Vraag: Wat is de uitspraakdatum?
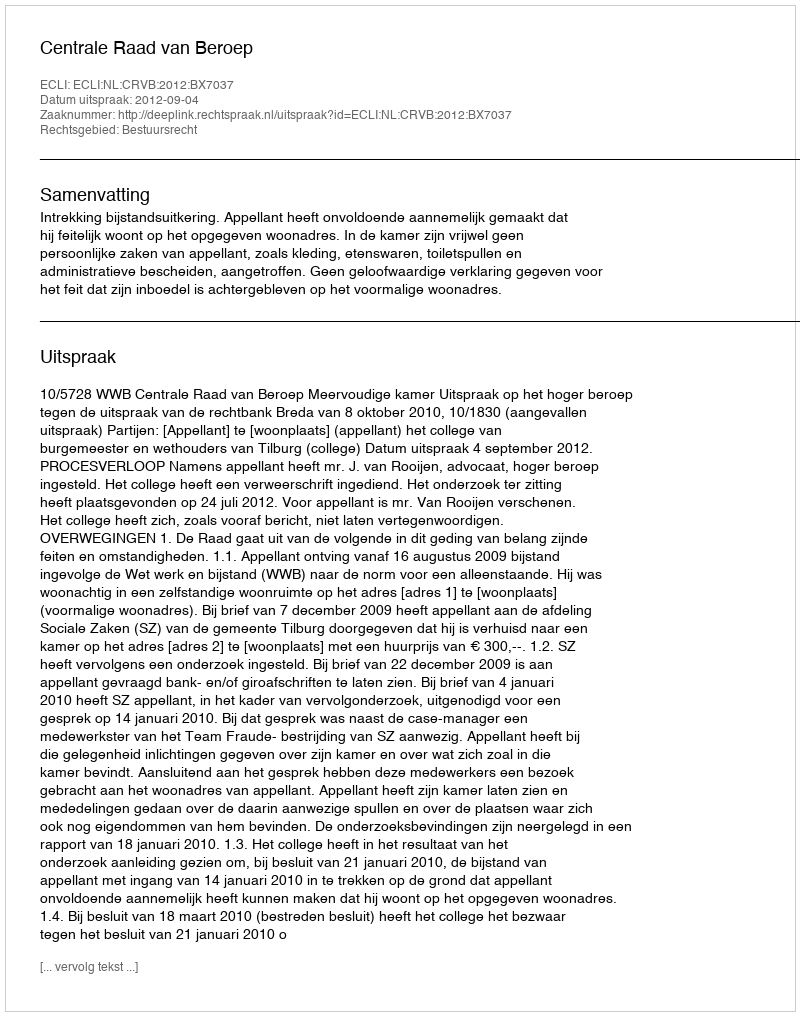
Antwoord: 2012-09-04